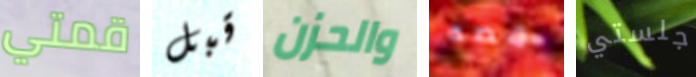
قمتي قبل والحزن قصه جلستي